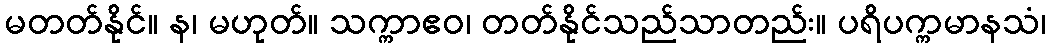
မတတ်နိုင်။ န၊ မဟုတ်။ သက္ကာဧဝ၊ တတ်နိုင်သည်သာတည်း။ ပရိပက္ကမာနသံ၊